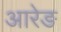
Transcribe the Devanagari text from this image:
आरेङ